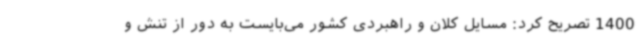
1400 تصریح کرد: مسایل کلان و راهبردی کشور می‌بایست به دور از تنش و